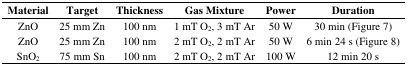
<table><thead><tr><td><b>Material</b></td><td><b>Target</b></td><td><b>Thickness</b></td><td><b>Gas Mixture</b></td><td><b>Power</b></td><td><b>Duration</b></td></tr></thead><tbody><tr><td>ZnO</td><td>25 mm Zn</td><td>100 nm</td><td>1 mT O<sub>2</sub>, 3 mT Ar</td><td>50 W</td><td>30 min (Figure 7)</td></tr><tr><td>ZnO</td><td>25 mm Zn</td><td>100 nm</td><td>2 mT O<sub>2</sub>, 2 mT Ar</td><td>50 W</td><td>6 min 24 s (Figure 8)</td></tr><tr><td>SnO<sub>2</sub></td><td>75 mm Sn</td><td>100 nm</td><td>2 mT O<sub>2</sub>, 2 mT Ar</td><td>100 W</td><td>12 min 20 s</td></tr></tbody></table>